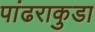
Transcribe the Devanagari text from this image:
पांढराकुडा